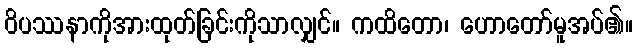
ဝိပဿနာကိုအားထုတ်ခြင်းကိုသာလျှင်။ ကထိတော၊ ဟောတော်မူအပ်၏။